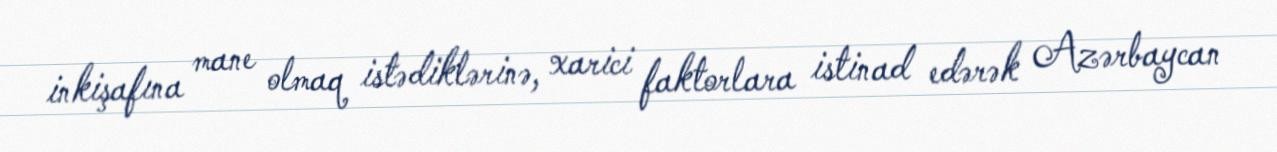
inkişafına mane olmaq istədiklərinə, xarici faktorlara istinad edərək Azərbaycan